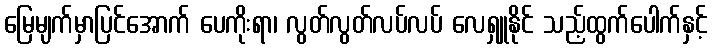
မြေမျက်မှာပြင်အောက် ပေကိုးရာ၊ လွတ်လွတ်လပ်လပ် လေရှူနိုင် သည့်ထွက်ပေါက်နှင့်